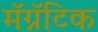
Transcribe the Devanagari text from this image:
मॅग्नॅटिक